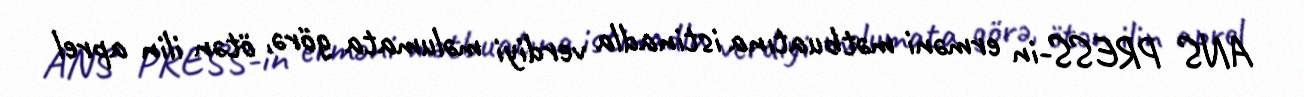
ANS PRESS-in erməni mətbuatına istinadla verdiyi məlumata görə, ötən ilin aprel